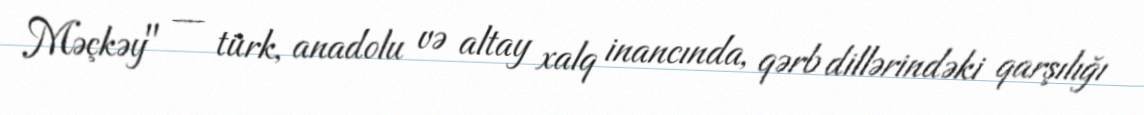
Məçkəy" — türk, anadolu və altay xalq inancında, qərb dillərindəki qarşılığı